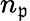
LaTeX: n_{\mathfrak{p}}